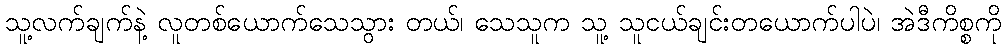
သူ့လက်ချက်နဲ့ လူတစ်ယောက်သေသွား တယ်၊ သေသူက သူ့ သူငယ်ချင်းတယောက်ပါပဲ၊ အဲဒီကိစ္စကို